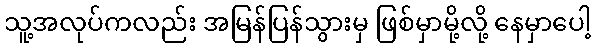
သူ့အလုပ်ကလည်း အမြန်ပြန်သွားမှ ဖြစ်မှာမို့လို့ နေမှာပေါ့